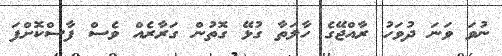
ނުވަ ވަނަ ދުވަހު ރާއްޖޭގެ ހާލަތާ ގުޅޭ ގޮތުން ގަރާރެއް ވެސް ފާސްކޮށްފަ